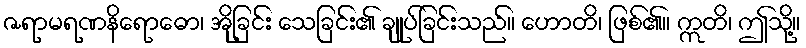
ဇရာမရဏနိရောဓော၊ အိုခြင်း သေခြင်း၏ ချုပ်ခြင်းသည်။ ဟောတိ၊ ဖြစ်၏။ ဣတိ၊ ဤသို့။